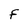
Character: F